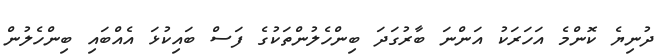
ދުނިޔެ ކޮންމެ އަހަރަކު އަންނަ ބާރުގަދަ ބިންހެލުންތަކުގެ ފަސް ބައިކުޅަ އެއްބައި ބިންހެލުން